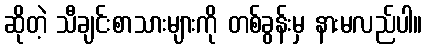
ဆိုတဲ့ သီချင်းစာသားများကို တစ်ခွန်းမှ နားမလည်ပါ။